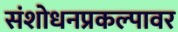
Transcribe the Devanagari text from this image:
संशोधनप्रकल्पावर